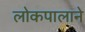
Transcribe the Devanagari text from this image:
लोकपालाने